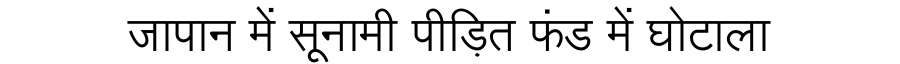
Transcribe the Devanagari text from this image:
जापान में सूनामी पीड़ित फंड में घोटाला